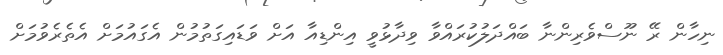
ނިހާން ރޭ ނޫސްވެރިންނާ ބައްދަލުުކުރައްވާ ވިދާޅުވީ އިންޑިއާ އަށް ވަޑައިގަތުމުން އެގައުމަށް އެތެރެވުމަށް